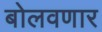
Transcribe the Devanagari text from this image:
बोलवणार